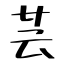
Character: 芸